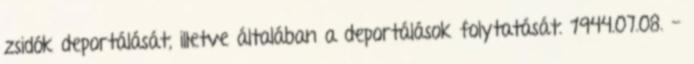
zsidók deportálását, illetve általában a deportálások folytatását. 1944.07.08. -